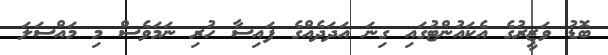
ބޮޑު ވަޒީރުގެ އެކައުންޓުގައި ގިނަ އަދަދެއްގެ ފައިސާ ހުރި ނަމަވެސް މި މައްސަލަ